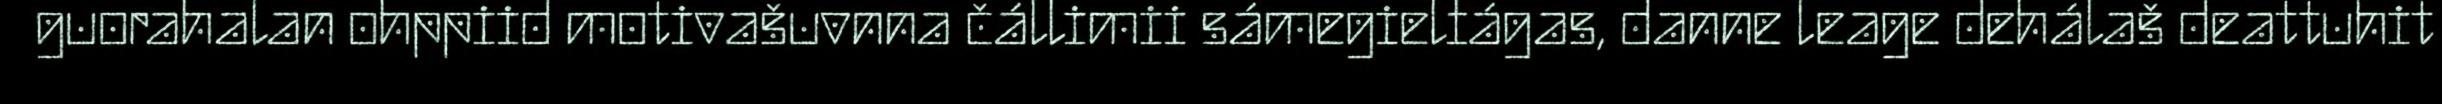
guorahalan ohppiid motivašuvnna čállimii sámegielfágas, danne leage dehálaš deattuhit